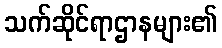
သက်ဆိုင်ရာဌာနများ၏